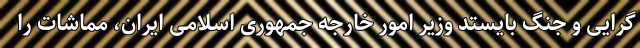
گرایی و جنگ بایستد وزیر امور خارجه جمهوری اسلامی ایران، مماشات را